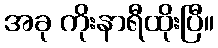
အခု ကိုးနာရီထိုးပြီ။